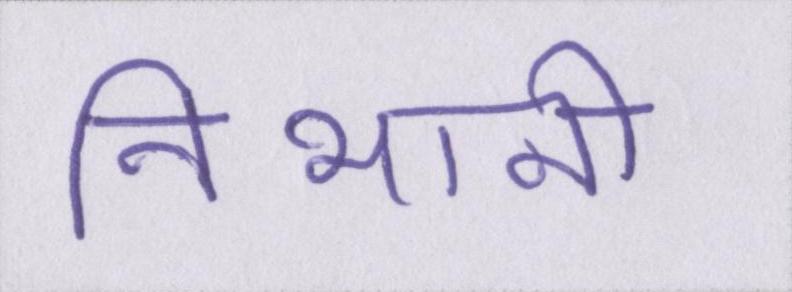
निभानी